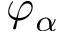
\varphi _ { \alpha }